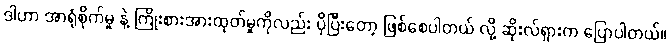
ဒါဟာ အာရုံစိုက်မှု နဲ့ ကြိုးစားအားထုတ်မှုကိုလည်း ပိုပြီးတော့ ဖြစ်စေပါတယ် လို့ ဆိုးလ်ရှားက ပြောပါတယ်။